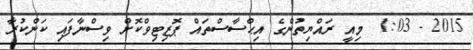
2015 - 1:03  މިއީ ރައްޔިތުންގެ އިޙްސާސްތައް ޕޮޒިޓިވްކޮށް ވިސްނާފައި ކަންކުރާ